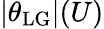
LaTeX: |\theta_{\mathrm{LG}}|(U)